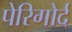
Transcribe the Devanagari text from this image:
पेरिगोर्द